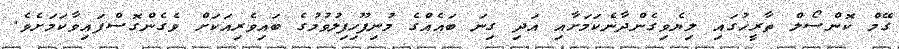
ގޭމް ކޮންސޯލް ތާރީޚުގައި ލިޔެވިގެންދާނެކަމަށާއި އަދި ގިނަ ބައެއްގެ މުނިފޫހިފިލުވުމުގެ ބައިވެރިއަކަށް ވެގެންގޮސްފައިވާކަމަށެވެ.